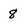
Character: 8